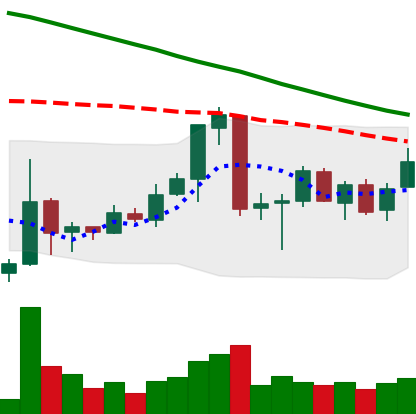
Ticker: ETC-USD
Chart end date: 2018-06-30
Forward return: 7.716%
Label: up_7plus